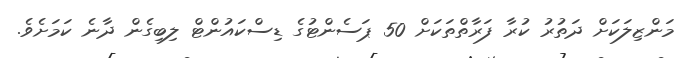
މަންޒިލަކަށް ދަތުރު ކުރާ ފަރާތްތަކަށް 50 ޕަސެންޓުގެ ޑިސްކައުންޓް ލިބިގެން ދާނެ ކަމަށެވެ.